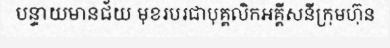
បន្ទាយមានជ័យ មុខរបរជាបុគ្គលិកអគ្គីសនីក្រុមហ៊ុន